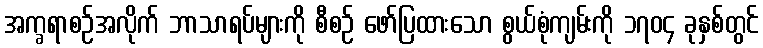
အက္ခရာစဉ်အလိုက် ဘာသာရပ်များကို စီစဉ် ဖော်ပြထားသော စွယ်စုံကျမ်းကို ၁၇၀၄ ခုနှစ်တွင်